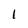
Character: 1